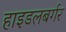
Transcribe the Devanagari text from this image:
हाइडलबर्गर